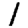
Digit: 1